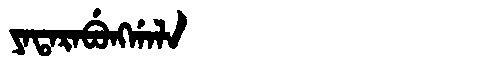
Manchu: ᠶᠠᡨᠠᡵᠠᠪᡠᠩᡤᠠᠯᠠ
Romanization: YATARABUNGGALA